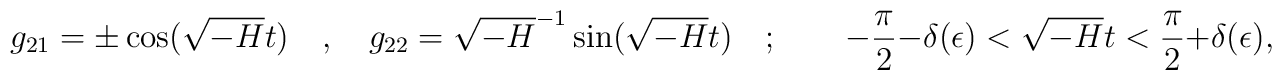
g_{21}=\pm \cos (\sqrt{-H}t)\quad ,\quad g_{22}=\sqrt{-H}^{-1}\sin (\sqrt{-H}t)\quad ;\qquad -\frac{\pi }{2}-\delta (\epsilon )<\sqrt{-H}t<\frac{\pi }{2}+\delta (\epsilon ),